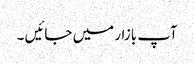
آپ بازار میں جائیں ۔